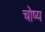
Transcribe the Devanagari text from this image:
चोष्य